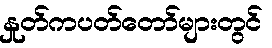
နှုတ်ကပတ်တော်များတွင်